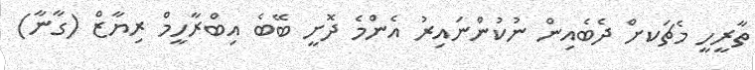
ތާރީހީ މެޗަަކށް ދެބެއިން ނުކުންނައިރު އެންމެ ދޮށީ ބޭބެ އިބްރާހީމް ރިޔާޒް (ގާނާ)